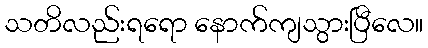
သတိလည်းရရော နောက်ကျသွားပြီလေ။